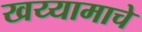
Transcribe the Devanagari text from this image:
खय्यामाचे